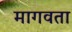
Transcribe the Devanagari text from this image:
मागवता